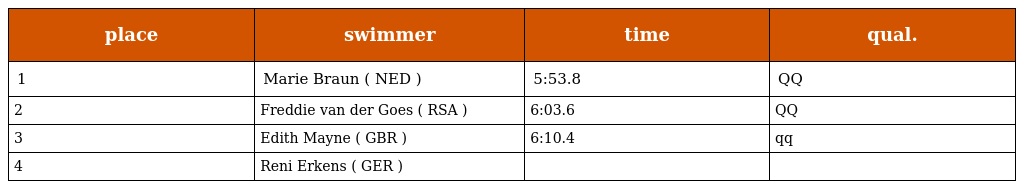
| place | swimmer | time | qual. |
 | --- | --- | --- | --- |
 | 1 | Marie Braun ( NED ) | 5:53.8 | QQ |
 | 2 | Freddie van der Goes ( RSA ) | 6:03.6 | QQ |
 | 3 | Edith Mayne ( GBR ) | 6:10.4 | qq |
 | 4 | Reni Erkens ( GER ) |  |  |